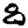
Digit: 8